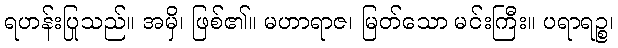
ရဟန်းပြုသည်။ အမှိ၊ ဖြစ်၏။ မဟာရာဇ၊ မြတ်သော မင်းကြီး။ ပရာရဉ္စ၊